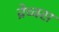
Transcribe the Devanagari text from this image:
व्रेच्क्स